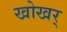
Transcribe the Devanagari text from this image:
खोखर्